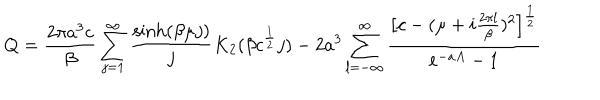
Q = \frac { 2 \pi a ^ { 3 } c } { \beta } \sum _ { j = 1 } ^ { \infty } \frac { \sinh ( \beta \mu j ) } { j } K _ { 2 } ( \beta c ^ { \frac { 1 } { 2 } } j ) - 2 a ^ { 3 } \sum _ { l = - \infty } ^ { \infty } \frac { \bigl [ c - ( \mu + i \frac { 2 \pi l } { \beta } ) ^ { 2 } \bigr ] ^ { \frac { 1 } { 2 } } } { e ^ { - a A } - 1 }